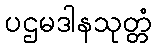
ပဌမဒါနသုတ္တံ